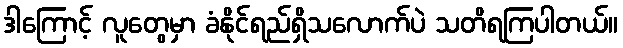
ဒါကြောင့် လူတွေမှာ ခံနိုင်ရည်ရှိသလောက်ပဲ သတိရကြပါတယ်။